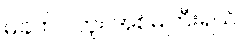
မခက်ပါဘူး အစ်မကြီးရယ်